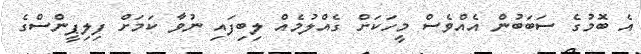
އެ ބޮމުގެ ސަބަބުން އެއްވެސް މީހަކަށް ގެއްލުމެއް ލިބިފައި ނުވާ ކަމަށް ފިލިޕީންސްގެ